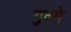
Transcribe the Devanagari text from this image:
गुदगे